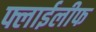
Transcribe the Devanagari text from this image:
फ्लाईलीफ